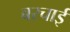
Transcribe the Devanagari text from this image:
बरचाई